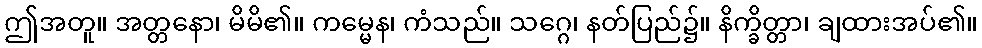
ဤအတူ။ အတ္တနော၊ မိမိ၏။ ကမ္မေန၊ ကံသည်။ သဂ္ဂေ၊ နတ်ပြည်၌။ နိက္ခိတ္တာ၊ ချထားအပ်၏။